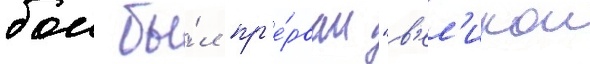
бои бы́л пр'е́рван "в'ел'икои